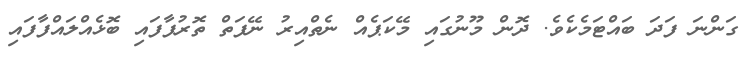
ގަންނަ ފަދަ ބައްޓަމެކެވެ. ދޮން މޫނުގައި މޭކަޕެއް ނެތްއިރު ނޭފަތް ތޮރުފާފައި ބޮޅެއްލައްފާފައި